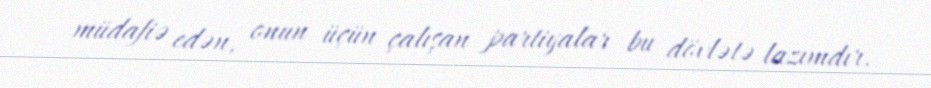
müdafiə edən, onun üçün çalışan partiyalar bu dövlətə lazımdır.